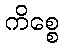
ကိစ္စေ